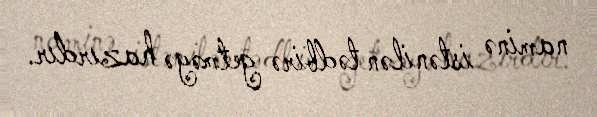
naminə istənilən tədbirə getməyə hazırdır.